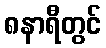
၈နာရီတွင်